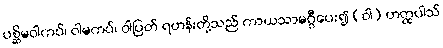
ပစ္ဆိမဝါကပ်၊ ဝါမကပ်၊ ဝါပြတ် ရဟန်းတို့သည် ကာယသာမဂ္ဂီပေး၍ (ဝါ) ဟတ္ထပါသ်